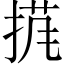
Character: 𱠍